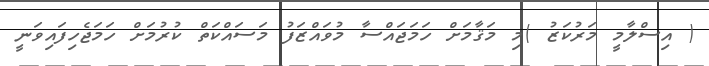
( އިސްލާމީ މަރުކަޒު )މި މަޤާމަށް ހަމަޖައްސާ މުވައްޒަފު މަސައްކަތް ކުރުމަށް ހަމަޖެހިފައިވަނީ